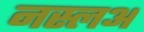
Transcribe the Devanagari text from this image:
नस्लअ